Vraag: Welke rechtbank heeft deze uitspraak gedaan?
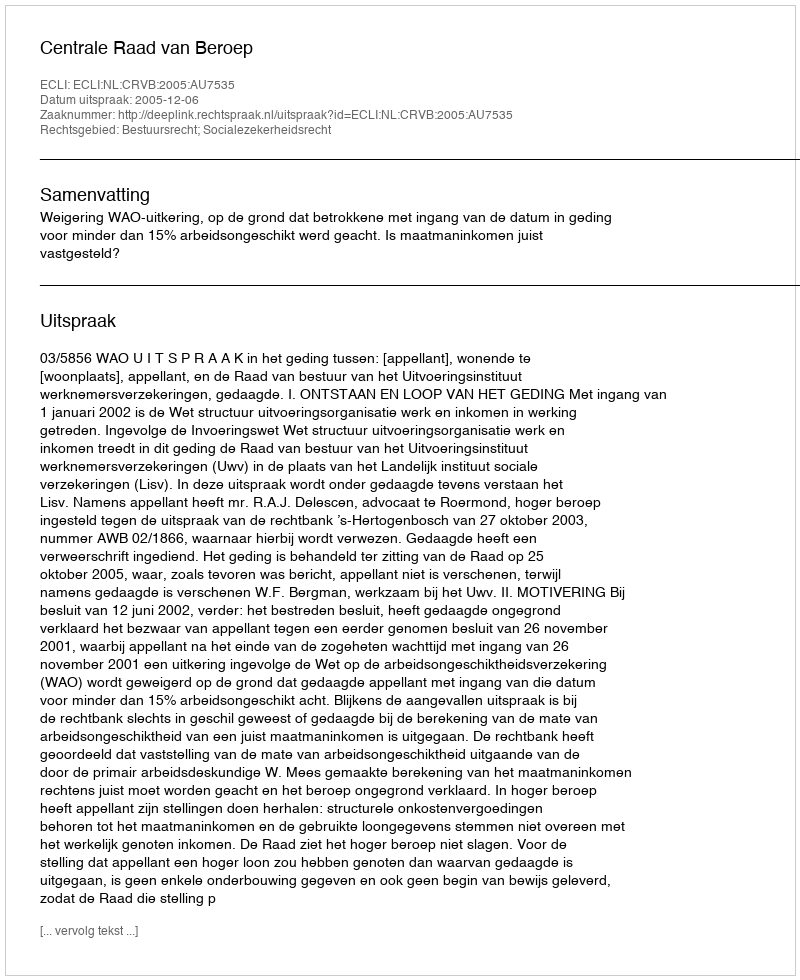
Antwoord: Centrale Raad van Beroep